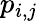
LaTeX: p_{i,j}